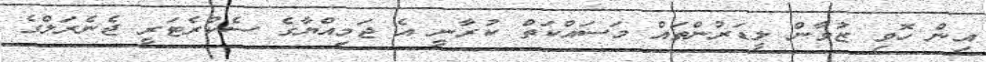
އިން ހޮވި ޒުވާން ލީޑަރުންތައް މަސައްކަތް ކުރާނީ އެ ޖަމިއްޔާގެ ސެކްރެޓަރީ ޖެނެރަލްގެ